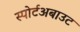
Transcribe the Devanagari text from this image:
स्पोर्टअबाउट